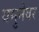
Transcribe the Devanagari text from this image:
यमुनेवर